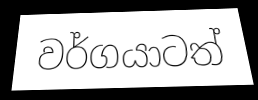
වර්ගයාටත්